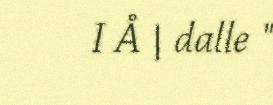
I Å | dalle "